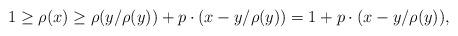
LaTeX: \begin{align*}1\geq \rho(x)\geq\rho(y/\rho(y))+p\cdot (x-y/\rho(y))=1+p\cdot (x-y/\rho(y)), \end{align*}